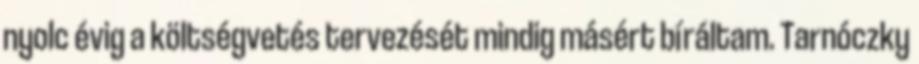
nyolc évig a költségvetés tervezését mindig másért bíráltam. Tarnóczky